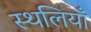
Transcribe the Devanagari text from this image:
स्थलियाँ